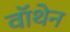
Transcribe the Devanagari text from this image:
वॉथेन